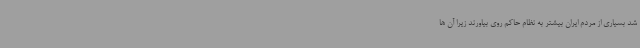
شد بسیاری از مردم ایران بیشتر به نظام حاکم روی بیاورند زیرا آن ها